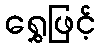
ရွှေဖြင့်